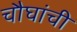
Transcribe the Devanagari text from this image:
चौघांची